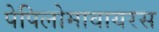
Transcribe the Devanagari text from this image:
पेपिलोमावायरस